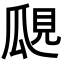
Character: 𤫽